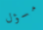
مسؤل